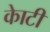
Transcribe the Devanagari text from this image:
काेटी